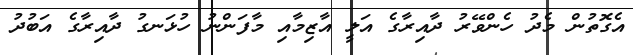
އެގޮތުން މެދު ހެންވޭރު ދާއިރާގެ އަލީ އާޒިމާއި މާފަންނު ހުޅަނގު ދާއިރާގެ އަބުދު